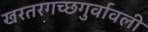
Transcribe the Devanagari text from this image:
खरतरगच्छगुर्वावली